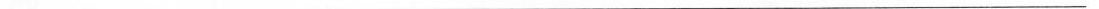
___